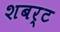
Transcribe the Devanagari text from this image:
शबर्ट